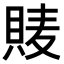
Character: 𧵷